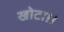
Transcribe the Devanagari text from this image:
खोटा।।